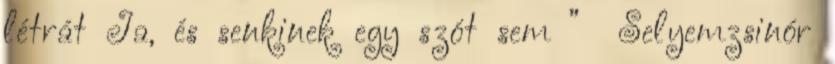
létrát Ja, és senkinek egy szót sem ” Selyemzsinór